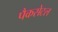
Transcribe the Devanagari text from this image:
पैकसेटल